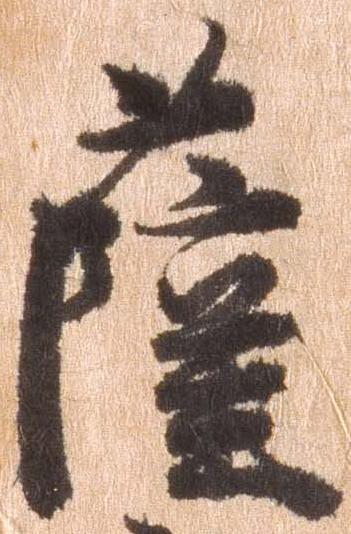
薩